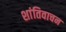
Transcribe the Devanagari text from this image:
शांतिवाचन